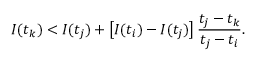
I ( t _ { k } ) < I ( t _ { j } ) + \left[ I ( t _ { i } ) - I ( t _ { j } ) \right] \frac { t _ { j } - t _ { k } } { t _ { j } - t _ { i } } .